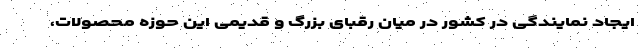
ایجاد نمایندگی در کشور در میان رقبای بزرگ و قدیمی این حوزه محصولات،